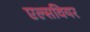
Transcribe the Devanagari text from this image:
एल्सवियर